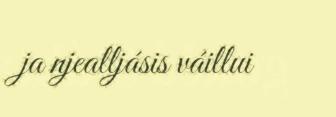
ja njealljásis váillui